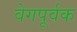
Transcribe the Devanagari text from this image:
वेगपूर्वक